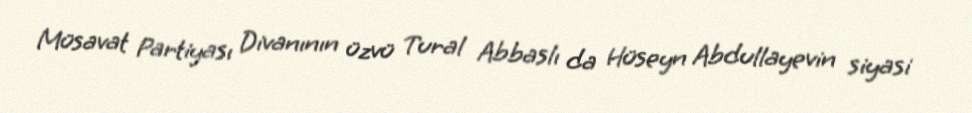
Müsavat Partiyası Divanının üzvü Tural Abbaslı da Hüseyn Abdullayevin siyasi